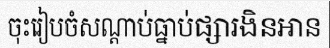
ចុះរៀបចំសណ្តាប់ធ្នាប់ផ្សារងិនអាន